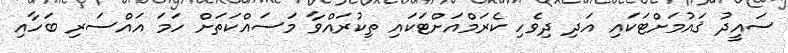
ސައީދު ޤައުމަށްޓަކައި އަދި ދިވެހި ކެރަމްއަށްޓަކައި ތިކުރައްވާ މަސައްކަތަށް ހަމަ އައްސަރި ބަހާއި